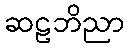
ဆဠဘိညာ